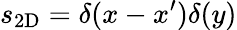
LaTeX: s_{\mathrm{2D}}=\delta(x-x^{\prime})\delta(y)